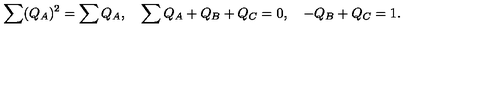
\sum ( Q _ { A } ) ^ { 2 } = \sum Q _ { A } , \quad \sum Q _ { A } + Q _ { B } + Q _ { C } = 0 , \quad - Q _ { B } + Q _ { C } = 1 .